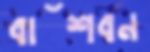
বাঁশবন